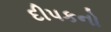
દીપકનો